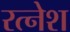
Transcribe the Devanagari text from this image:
रत्नेश